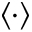
\langle \cdot \rangle